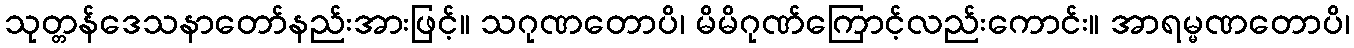
သုတ္တန်ဒေသနာတော်နည်းအားဖြင့်။ သဂုဏတောပိ၊ မိမိဂုဏ်ကြောင့်လည်းကောင်း။ အာရမ္မဏတောပိ၊